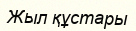
Жыл құстары